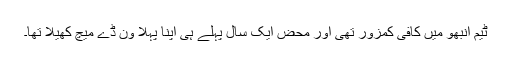
ٹیم انبھو میں کافی کمزور تھی اور محض ایک سال پہلے ہی اپنا پہلا ون ڈے میچ کھیلا تھا۔